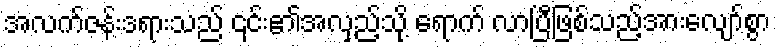
အလက်ဇန်းဒရားသည် ၎င်း၏အလှည့်သို့ ရောက် လာပြီဖြစ်သည့်အားလျော်စွာ